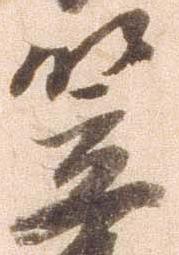
笠